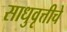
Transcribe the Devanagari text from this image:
साधुवृत्तीचे